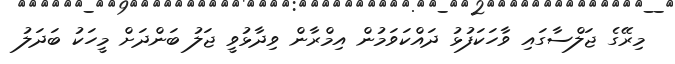
މިރޭގެ ޖަލްސާގައި ވާހަކަފުޅު ދައްކަވަމުން އިމްރާން ވިދާޅުވީ ޖަލު ބަންދަށް މީހަކު ބަދަލު